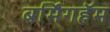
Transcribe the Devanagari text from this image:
बर्मिंगहॅम